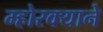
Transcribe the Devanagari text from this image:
म्होरक्याने